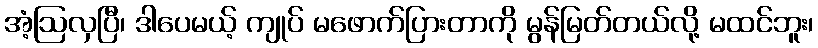
အံ့ဩလှပြီ၊ ဒါပေမယ့် ကျုပ် မဖောက်ပြားတာကို မွန်မြတ်တယ်လို့ မထင်ဘူး၊